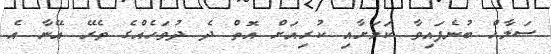
ސަލާހް ބުނެފައިވާ ކަމަށާއި ކުރިއަށް އޮތް ދެ ދުވަހެއްގެ ތެރޭ އޭނާ އެ